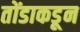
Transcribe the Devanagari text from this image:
तोंडाकडून